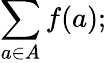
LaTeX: \sum_{a\in A}f(a);